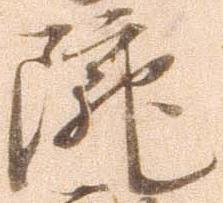
院